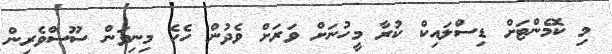
މި ކޮމެންޓަށް ޑިސްލައިކް ކުރާ މީހުނަށް ވަރަށް ވެދުން ހެހެ މިނިވަން ސޫސްވެރިން